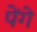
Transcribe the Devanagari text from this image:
पेंगे